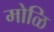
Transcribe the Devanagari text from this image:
मोळि